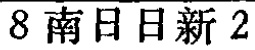
8南日日新2